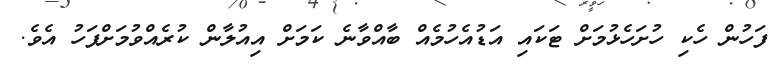
ފަހުން ހެކި ހުށަހެޅުމަށް ޓަކައި އަޑުއެހުމެއް ބާއްވާނެ ކަމަށް އިއުލާން ކުރެއްވުމަށްފަހު އެވެ.